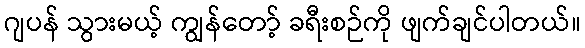
ဂျပန် သွားမယ့် ကျွန်တော့် ခရီးစဉ်ကို ဖျက်ချင်ပါတယ်။